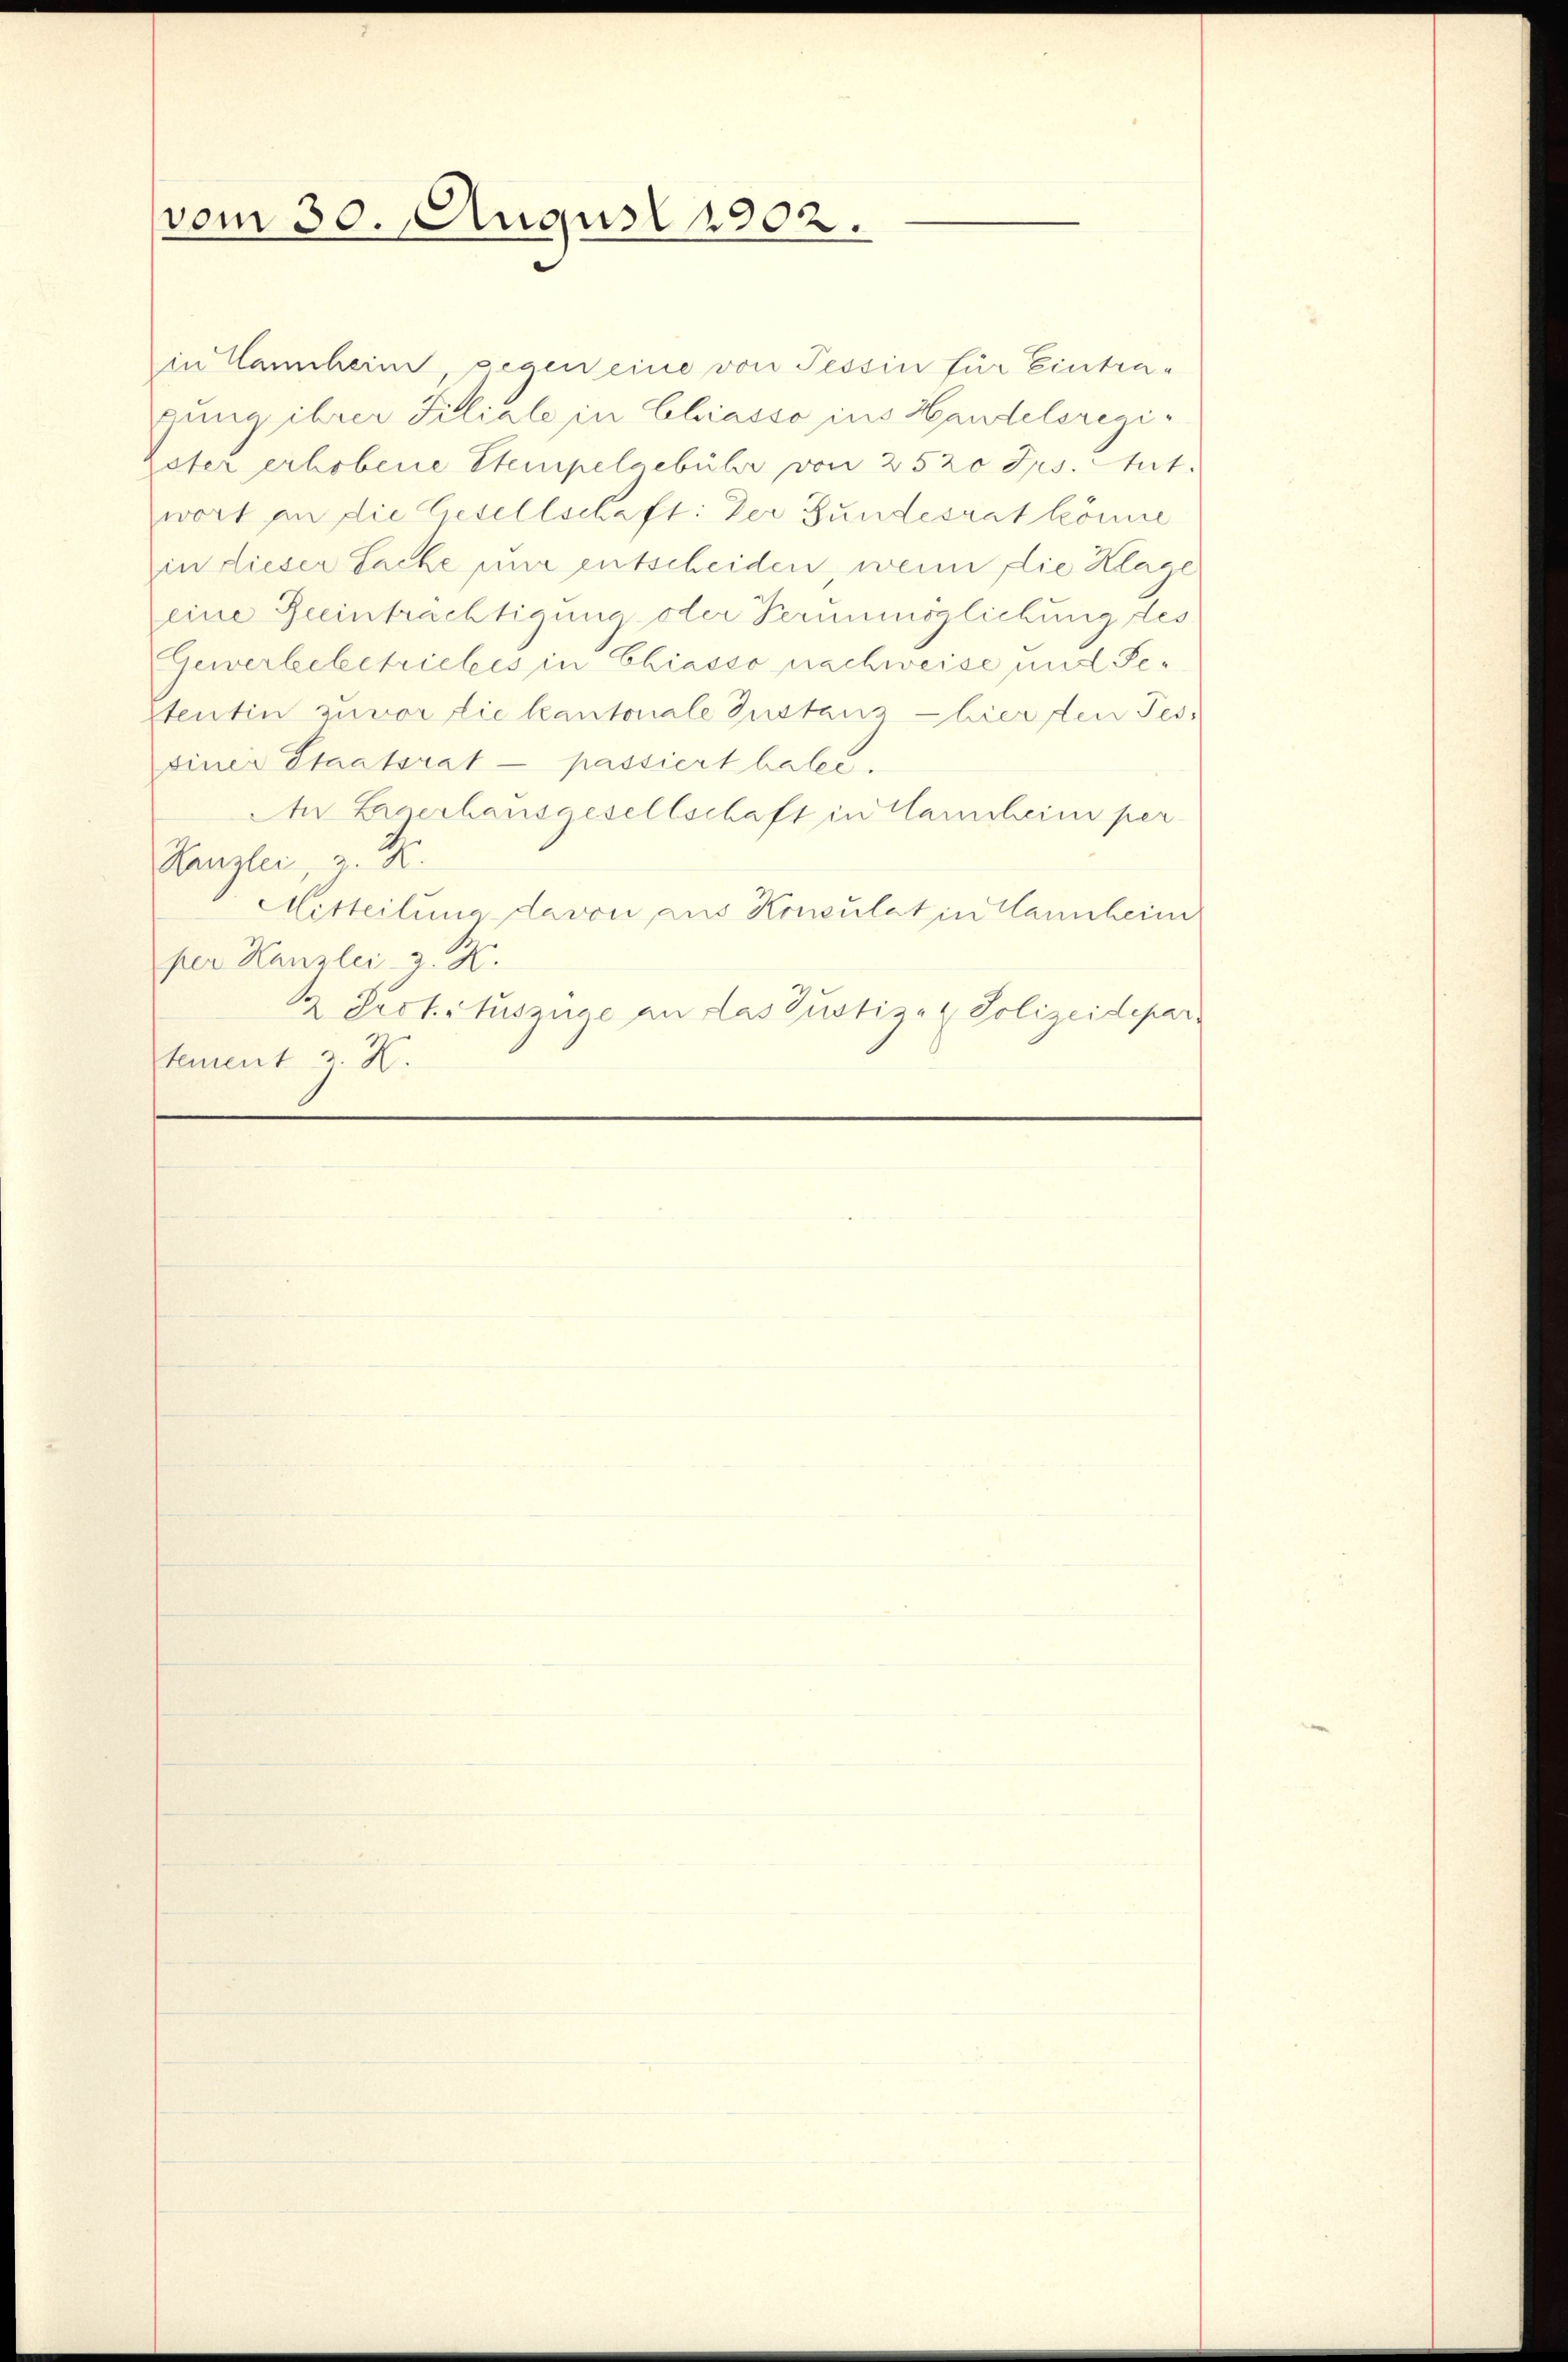
vom 30. August 1902.

in Hanheim, gegen eine von Tessin für Eintragung ihrer Filiale in Chiasso ins Handelsregiater erhobene Stempelgebühr von 25 20 Jrs. Ant.
wort an die Gesellschaft: Der Bundesrat könne
in dieser Sache nur entscheiden, wenn die Klage
eine Beeinträchtigung oder Perunmöglichung des
Gewerbebetriebes in Chiasso nachweise und Sestentin zuvor die kantonale Zustanz - hier den Tes-
einer Staatsrat passiert habe.
An Hraerhausgesellschaft in Hansheim per-
Kanzlei, u. R.
Mitteilung davon aus Konsulat in Cannheim
per Kanzlei, z. K.
½. Prot. Auszüge an das Justiz- & Polizeidepar
tement z. K.